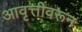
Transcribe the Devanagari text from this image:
आवृत्तीवरून